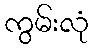
ကွမ်းလုံ